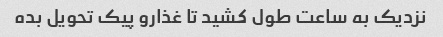
نزدیک به ساعت طول کشید تا غذارو پیک تحویل بده